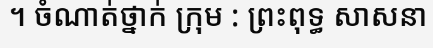
។ ចំណាត់ថ្នាក់ ក្រុម : ព្រះពុទ្ធ សាសនា